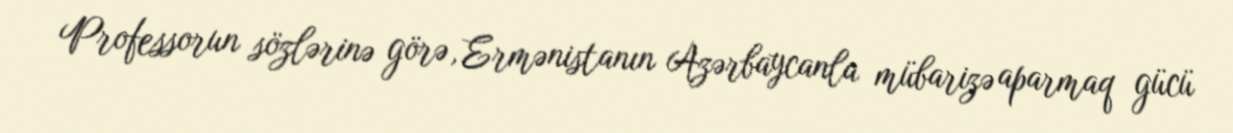
Professorun sözlərinə görə, Ermənistanın Azərbaycanla mübarizə aparmaq gücü